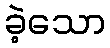
ခဲ့သော